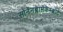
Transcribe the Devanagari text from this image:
सोंनेंनब्लामेंकेम्ब्रोट